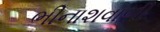
ભીનાશવાળી